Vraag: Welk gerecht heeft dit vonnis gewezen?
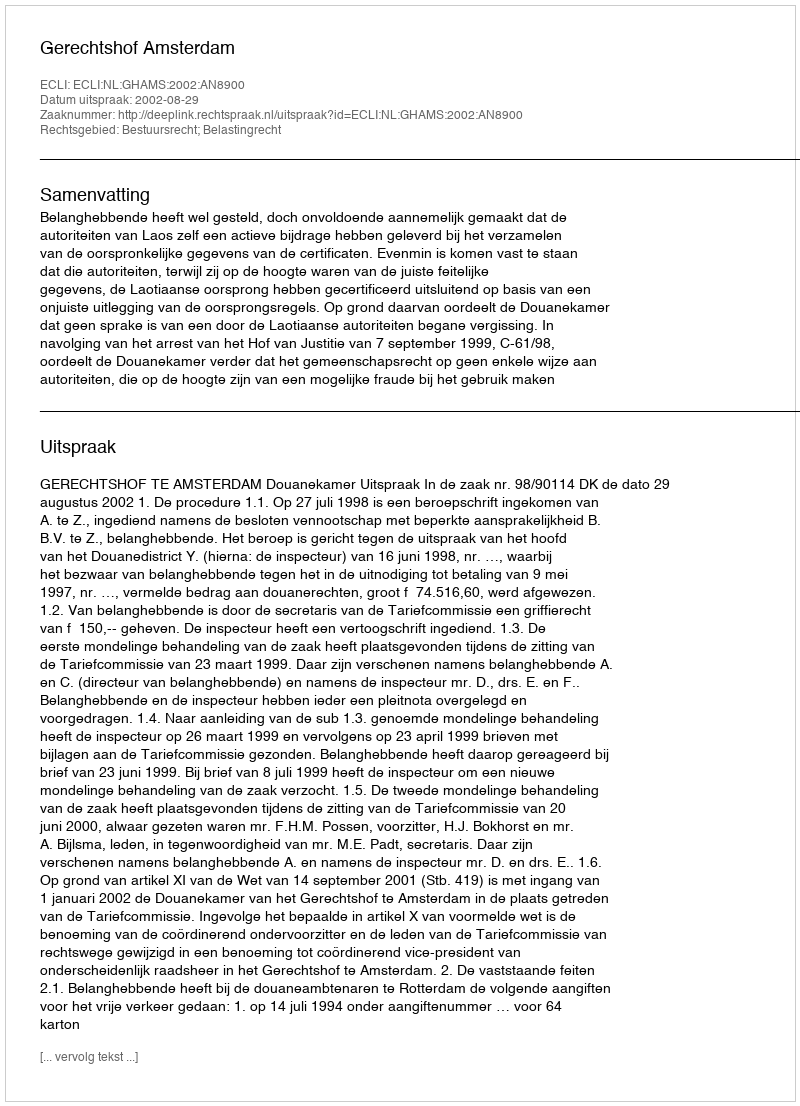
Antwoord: Gerechtshof Amsterdam